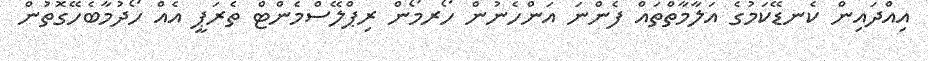
އިއްދައިން ކެނޑޭކަމުގެ އަލާމާތްތައް ފެންނަ އަންހެނުން ހޯރމޯން ރިޕްލޭސްމެންޓް ތެރަޕީ އެއް ހޯދުމާބެހޭގޮތުން